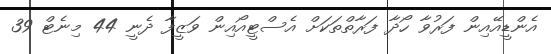
އެންޑީއޭއިން ފަރުވާ ހޯދާ ފަރާތްތަކަށް އެސްޓީއޯއިން ވަޒީފާ ދެނީ 44 މިނެޓް 39